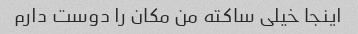
اینجا خیلی ساکته من مکان را دوست دارم